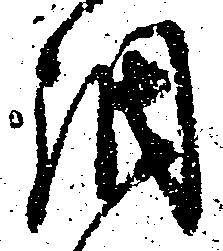
調